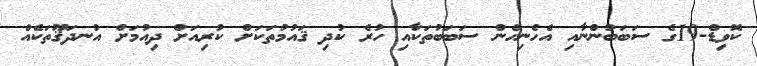
ކޮވިޑް-19ގެ ސަބަބުންނާއި އެހެނިހެން ސަބަބުތަކާއި ހުރެ ކުދި ޤައުމުތަކަށް ކުރިއަށް ދިއުމަށް އުނދަޤޫތަކެއް